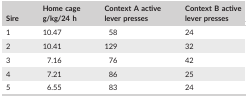
<table><thead><tr><td><b>Sire</b></td><td><b>Home cage g/kg/24 h</b></td><td><b>Context A active lever presses</b></td><td><b>Context B active lever presses</b></td></tr></thead><tbody><tr><td>1</td><td>10.47</td><td>58</td><td>24</td></tr><tr><td>2</td><td>10.41</td><td>129</td><td>32</td></tr><tr><td>3</td><td>7.16</td><td>76</td><td>42</td></tr><tr><td>4</td><td>7.21</td><td>86</td><td>25</td></tr><tr><td>5</td><td>6.55</td><td>83</td><td>24</td></tr></tbody></table>